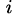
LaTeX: ^{\, i}